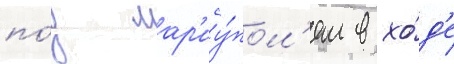
по́д мар'иу́пол'ем в хо́д'е